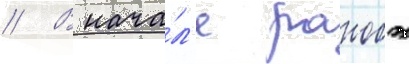
// В нача́л'е ранобэ